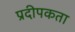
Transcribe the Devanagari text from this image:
प्रदीपकता